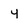
Character: y